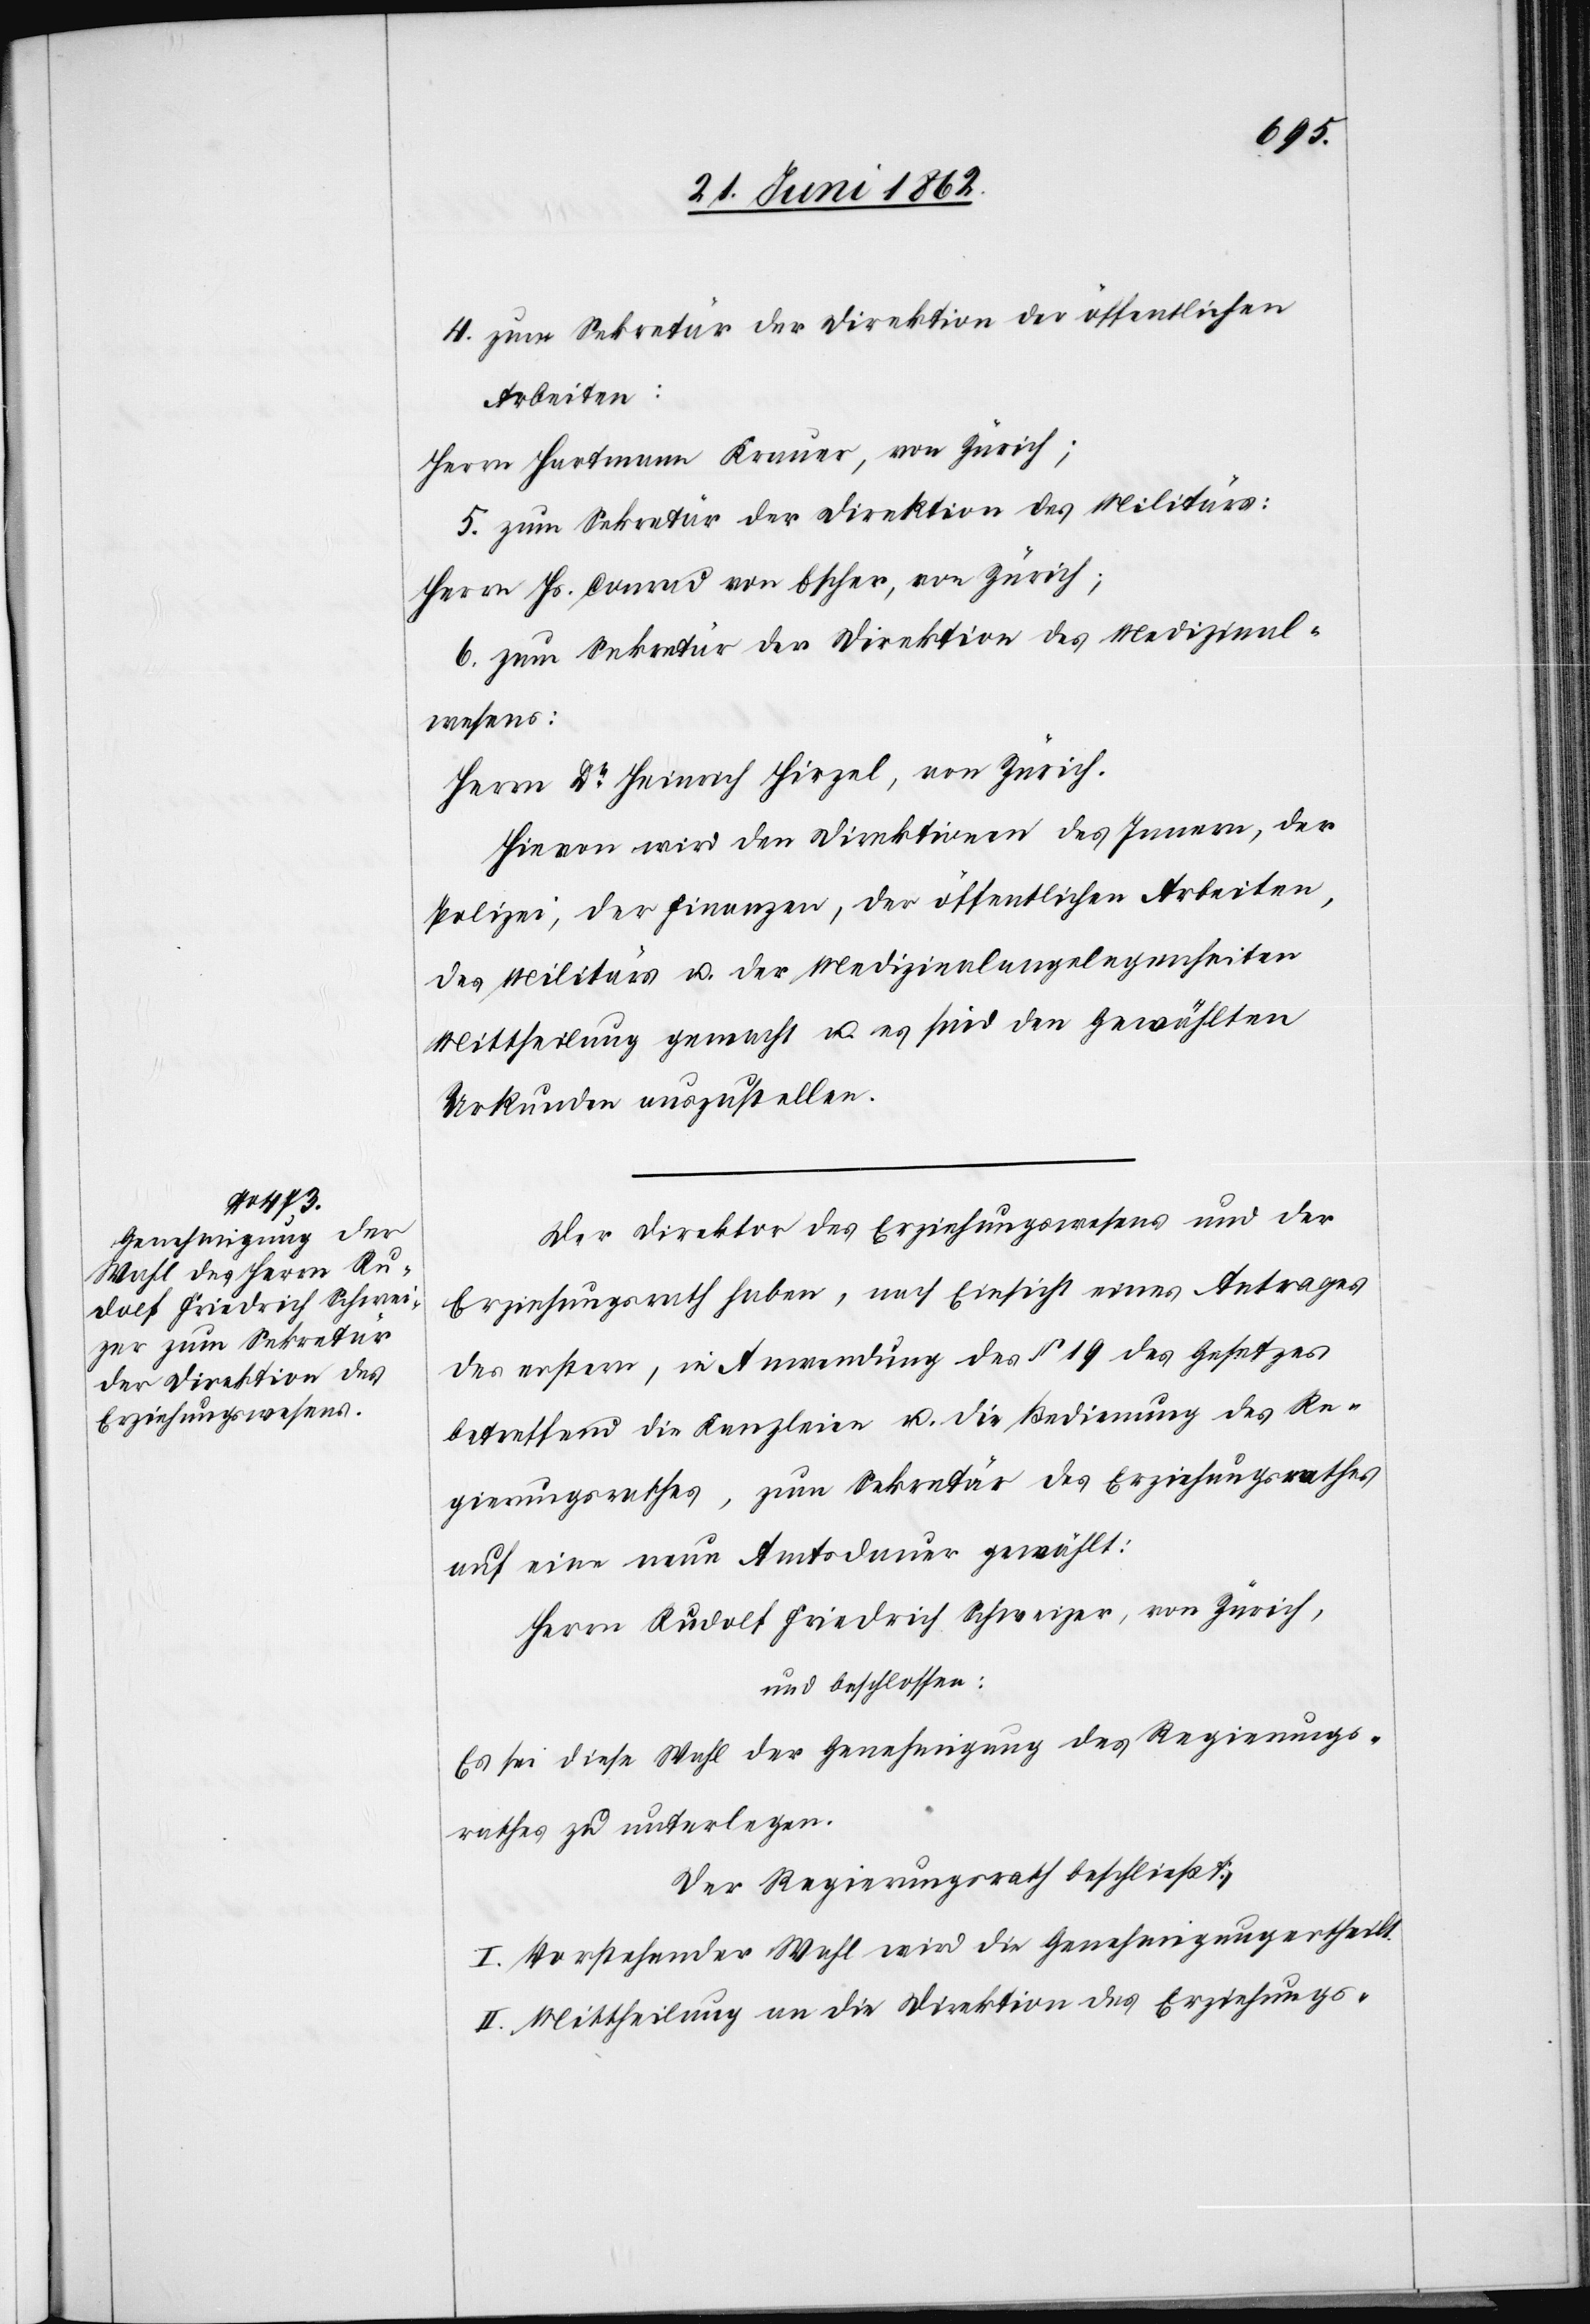
4. zum Sekretär der Direktion der öffentlichen
Arbeiten:
Herrn Hartmann Krauer, von Zürich;
5. zum Sekretär der Direktion des Militärs:
Herrn Hs. Conrad von Escher, von Zürich;
6. zum Sekretär der Direktion des Medizinal¬
wesens:
Herrn Dr. Heinrich Hirzel, von Zürich.
Hievon wird den Direktionen des Innern, der
Polizei, der Finanzen, der öffentlichen Arbeiten,
des Militärs u. der Medizinalangelegenheiten
Mittheilung gemacht u. es sind den Gewählten
Urkunden auszustellen.
Der Direktor des Erziehungswesens und der
Erziehungsrath haben, nach Einsicht eines Antrages
des erstern, in Anwendung des § 19 des Gesetzes
betreffend die Kanzleien u. die Bedienung des Re¬
gierungsrathes, zum Sekretär des Erziehungsrathes
auf eine neue Amtsdauer gewählt:
Herrn Rudolf Friedrich Schweizer, von Zürich
und beschlossen:
Es sei diese Wahl der Genehmigung des Regierungs¬
rathes zu unterlegen.
Der Regierungsrath beschließt:
I. Vorstehender Wahl wird die Genehmigung ertheilt.
II. Mittheilung an die Direktion des Erziehungs-